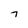
Character: T